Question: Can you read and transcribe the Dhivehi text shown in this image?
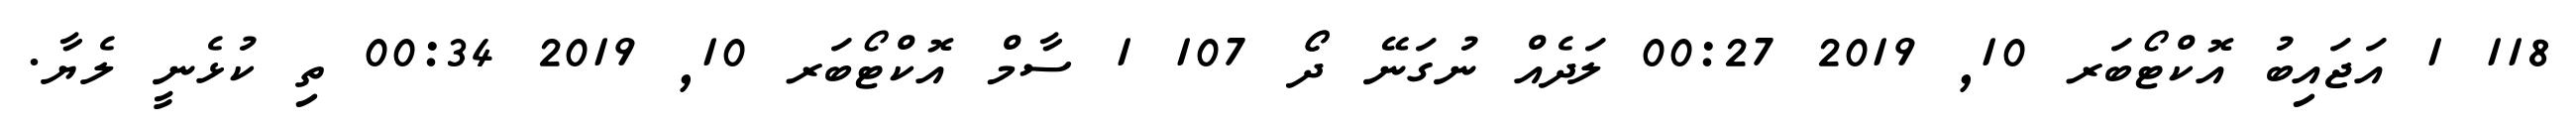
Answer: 118 1 އަޖައިބު އޮކްޓޯބަރ 10, 2019 00:27 ލަދެއް ނުގަނޭ ދޯޯ 107 1 ސާމް އޮކްޓޯބަރ 10, 2019 00:34 ތި ކުޅެނީ ލެޔާ.